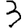
Digit: 3